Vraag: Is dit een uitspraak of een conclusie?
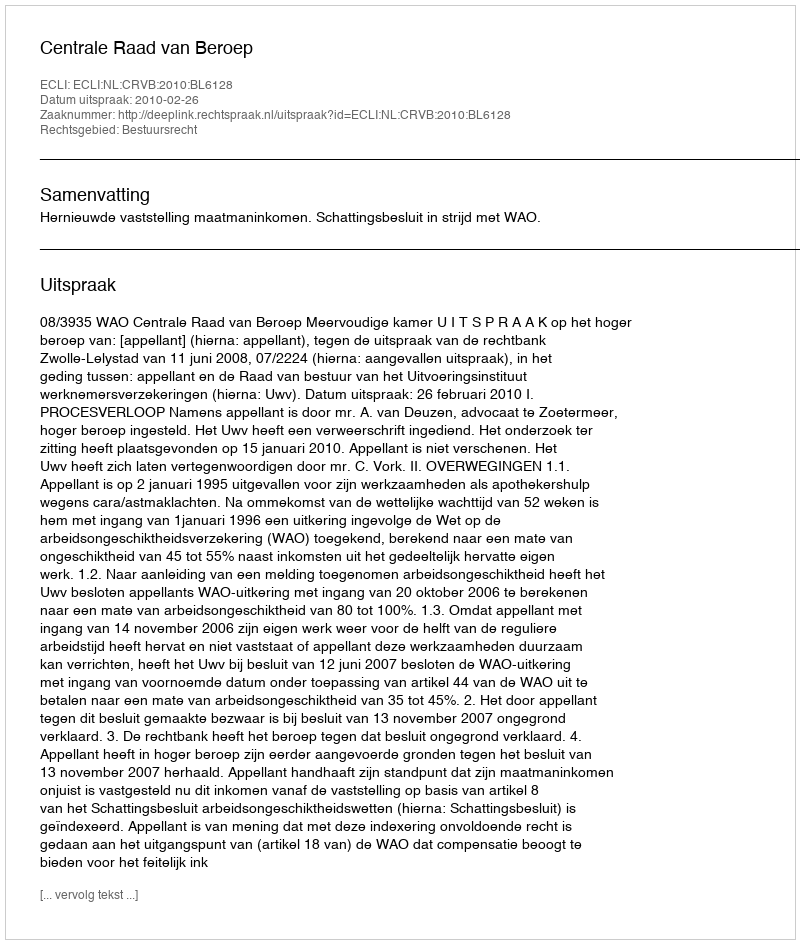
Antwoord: Uitspraak